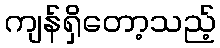
ကျန်ရှိတော့သည့်